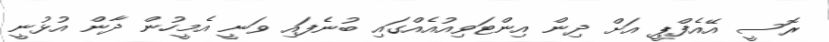
ރޮސީ އޭއެފްޕީ އަށް ދިން އިންޓަވިއުއެއްގައި ބުނެފައި ވަނީ އެމީހުން ދާން އުޅުނީ